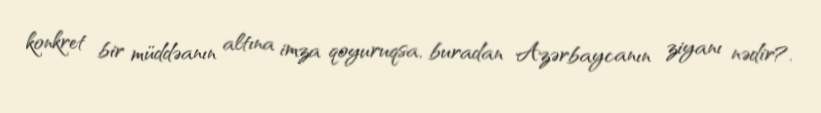
konkret bir müddəanın altına imza qoyuruqsa, buradan Azərbaycanın ziyanı nədir?.